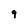
Character: 9